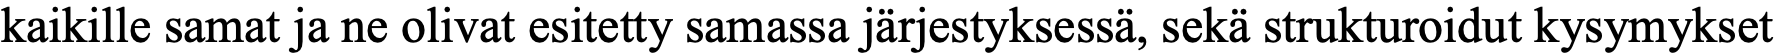
kaikille samat ja ne olivat esitetty samassa järjestyksessä, sekä strukturoidut kysymykset